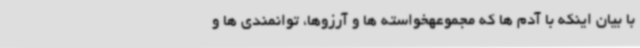
با بیان اینکه با آدم ها که مجموعهخواسته ها و آرزوها، توانمندی ها و